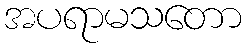
အပရာမသတော